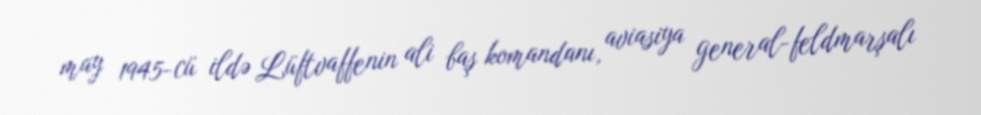
may 1945-cü ildə Lüftvaffenin ali baş komandanı, aviasiya general-feldmarşalı